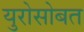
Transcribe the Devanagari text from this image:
युरोसोबत